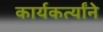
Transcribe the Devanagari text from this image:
कार्यकर्त्यांने